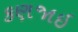
કણજાઇ